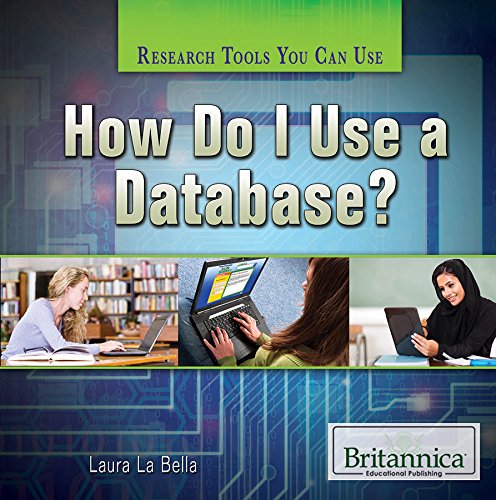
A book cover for How Do I Use a Database? (Research Tools You Can Use); Laura La Bella; Children's Books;